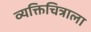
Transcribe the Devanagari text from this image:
व्यक्तिचित्राला